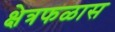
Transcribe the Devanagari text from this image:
क्षेत्रफळास